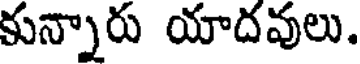
కున్నారు యాదవులు.